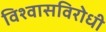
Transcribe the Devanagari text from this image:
विश्वासविरोधी